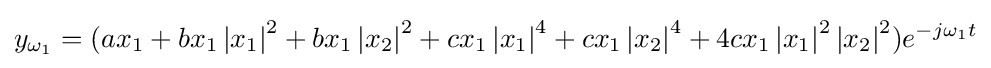
y_{\omega _{1}}=(ax_{1}+bx_{1}\left\vert {x_{1}}\right\vert ^{2}+bx_{1}\left\vert {x_{2}}\right\vert ^{2}+cx_{1}\left\vert {x_{1}}\right\vert ^{4}+cx_{1}\left\vert {x_{2}}\right\vert ^{4}+4cx_{1}\left\vert {x_{1}}\right\vert ^{2}\left\vert {x_{2}}\right\vert ^{2})e^{-j{\omega }_{1}t}